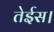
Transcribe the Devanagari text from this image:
तेईस।